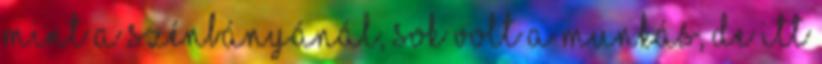
mint a szénbányánál, sok volt a munkás, de itt